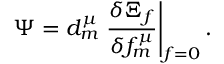
\Psi = d _ { m } ^ { \mu } \left. \frac { \delta \Xi _ { f } } { \delta f _ { m } ^ { \mu } } \right| _ { f = 0 } .